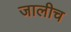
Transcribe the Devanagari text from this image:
जालीच